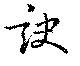
訣